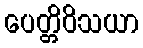
ပေတ္တိဝိသယာ